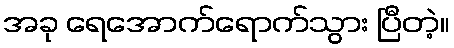
အခု ရေအောက်ရောက်သွား ပြီတဲ့။